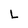
Character: L